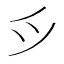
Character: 𫜵